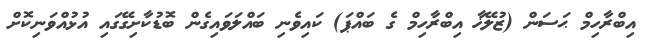
އިބްރާހިމް ޙަސަން (ޒުލޭޚާ އިބްރާހިމް ގެ ބައްޕަ) ކައިވެނި ބައްލަވައިގެން ބޮޑުކާށިގޭގައި އުޅުއްވަނިކޮށް